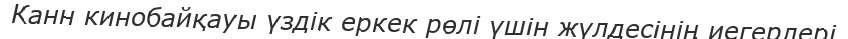
Канн кинобайқауы үздік еркек рөлі үшін жүлдесінің иегерлері